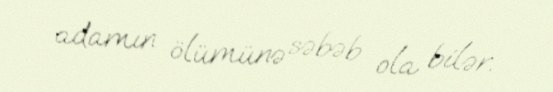
adamın ölümünə səbəb ola bilər.